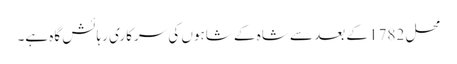
محل 1782 کے بعد سے شاہ کے شاہوں کی سرکاری رہائش گاہ ہے۔